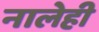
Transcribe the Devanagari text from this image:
नालेही